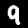
Label: 9